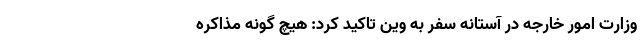
وزارت امور خارجه در آستانه سفر به وین تاکید کرد: هیچ گونه مذاکره